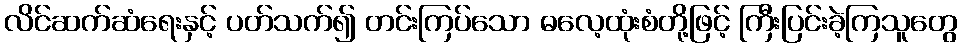
လိင်ဆက်ဆံရေးနှင့် ပတ်သက်၍ တင်းကြပ်သော ဓလေ့ထုံးစံတို့ဖြင့် ကြီးပြင်းခဲ့ကြသူတွေ